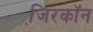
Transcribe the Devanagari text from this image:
जि़रकॉन